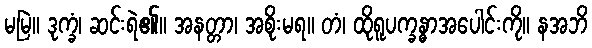
မမြဲ။ ဒုက္ခံ၊ ဆင်းရဲ၏။ အနတ္တာ၊ အစိုးမရ။ တံ၊ ထိုရူပက္ခန္ဓာအပေါင်းကို။ နအဘိ